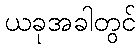
ယခုအခါတွင်